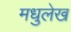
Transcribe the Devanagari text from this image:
मधुलेख